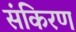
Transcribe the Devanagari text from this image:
संकिरण